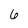
Character: 6